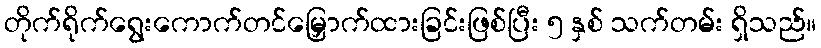
တိုက်ရိုက်ရွေးကောက်တင်မြှောက်ထားခြင်းဖြစ်ပြီး ၅ နှစ် သက်တမ်း ရှိသည်။